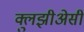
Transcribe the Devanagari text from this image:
क्लुझीअेसी